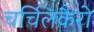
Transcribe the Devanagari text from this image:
चर्चिलकैरो